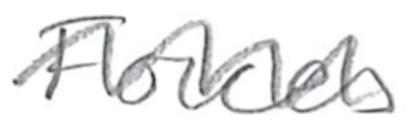
Text: Forces
Cross-out: wave
Writing tool: pencil